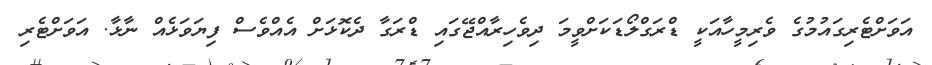
އަވަށްޓެރިގައުމުގެ ވެރިމީހާއަކީ ޑްރަގްލޯޑަކަށްވީމަ ދިވެހިރާއްޖޭގައި ޑްރަގާ ދެކޮޅަށް އެއްވެސް ފިޔަވަޅެއް ނާޅާ. އަވަށްޓެރި